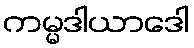
ကမ္မဒါယာဒေါ